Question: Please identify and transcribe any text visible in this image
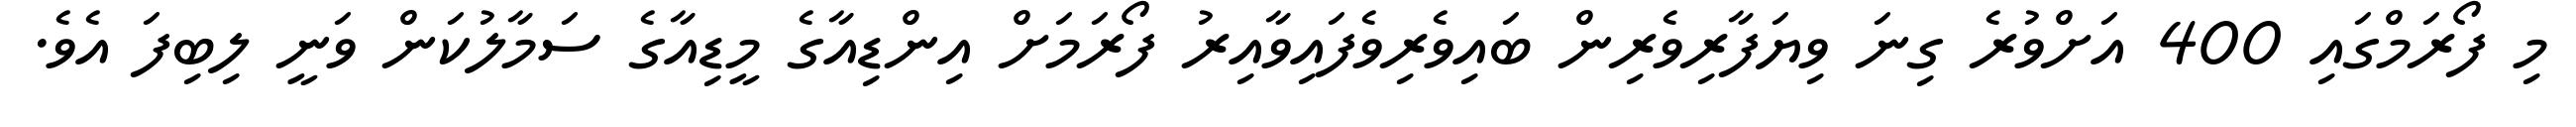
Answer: މި ފޯރަމްގައި 400 އަށްވުރެ ގިނަ ވިޔަފާރިވެރިން ބައިވެރިވެފައިވާއިރު ފޯރަމަށް އިންޑިއާގެ މީޑިއާގެ ސަމާލުކަން ވަނީ ލިބިފަ އެވެ.